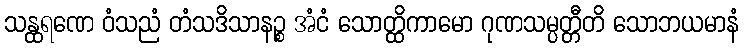
သန္ထရဏေ ဝံသညံ တံသဒိသာနဉ္စ အံငံ သောတ္ထိကာမော ဂုဏသမ္ပတ္တီတိ သောဘယမာနံ